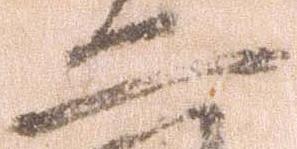
二